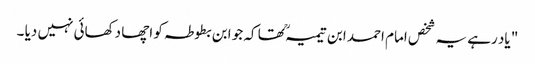
" یاد رہے یہ شخص امام احمد ابن تیمیہ ؒ تھا کہ جو ابن بطوطہ کو اچھا دکھائی نہیں دیا ۔